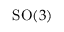
{ \mathrm { S O } } ( 3 )